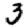
Digit: 3